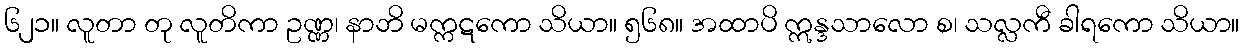
၆၂၁။ လူတာ တု လူတိကာ ဥဏ္ဏ၊ နာဘိ မက္ကဋကော သိယာ။ ၅၆၈။ အထာပိ ဣန္ဒသာလော စ၊ သလ္လကီ ခါရကော သိယာ။